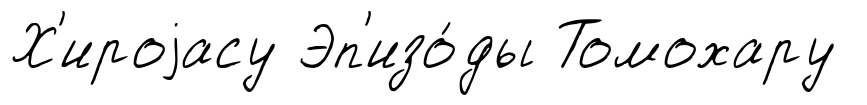
Х'ироjасу Эп'изо́ды Томохару